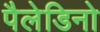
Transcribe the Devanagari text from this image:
पैलेडिनो